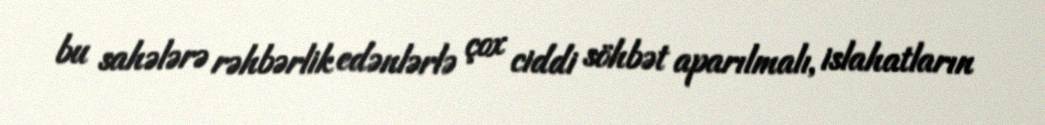
bu sahələrə rəhbərlik edənlərlə çox ciddi söhbət aparılmalı, islahatların